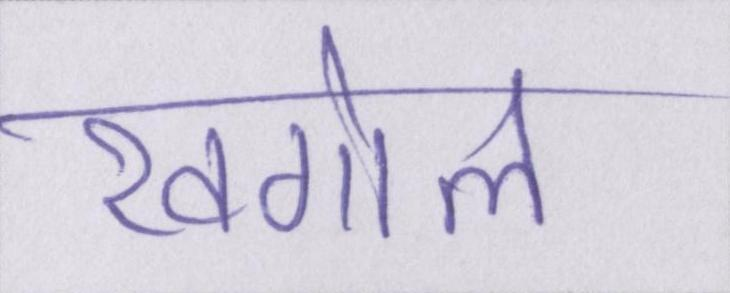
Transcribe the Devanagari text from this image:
खगोल